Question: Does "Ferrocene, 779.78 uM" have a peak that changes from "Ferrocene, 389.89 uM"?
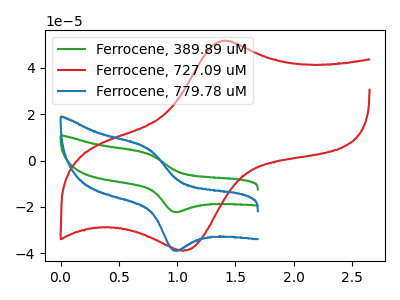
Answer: <think>The green curve "Ferrocene, 389.89 uM" has an anodic peak at (0.75V, 3.00uA) and a cathodic peak at (0.95V, -22.10uA). The red curve "Ferrocene, 727.09 uM" has an anodic peak at (1.40V, 51.60uA) and a cathodic peak at (1.05V, -38.95uA). The blue curve "Ferrocene, 779.78 uM" has an anodic peak at (0.75V, 5.25uA) and a cathodic peak at (0.95V, -38.70uA).
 All the peaks in "Ferrocene, 779.78 uM" have a peak in "Ferrocene, 389.89 uM" at the same potential. Every peak in "Ferrocene, 779.78 uM" is higher than every peak in "Ferrocene, 389.89 uM".</think>
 <answer>No, "Ferrocene, 779.78 uM" and "Ferrocene, 389.89 uM" don't appear to be significantly different in shape</answer>
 <eval>no_change</eval>